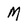
Character: M